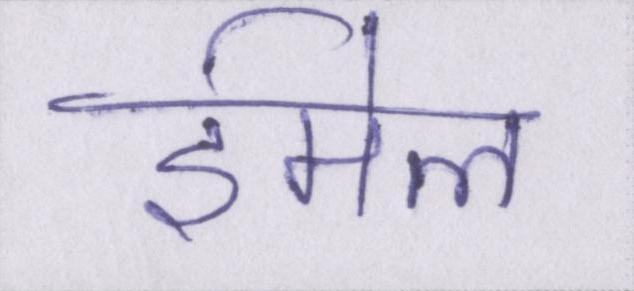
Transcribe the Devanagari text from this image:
ईमेल